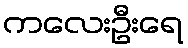
ကလေးဦးရေ